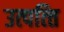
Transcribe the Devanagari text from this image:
उत्‍पत्‍ति